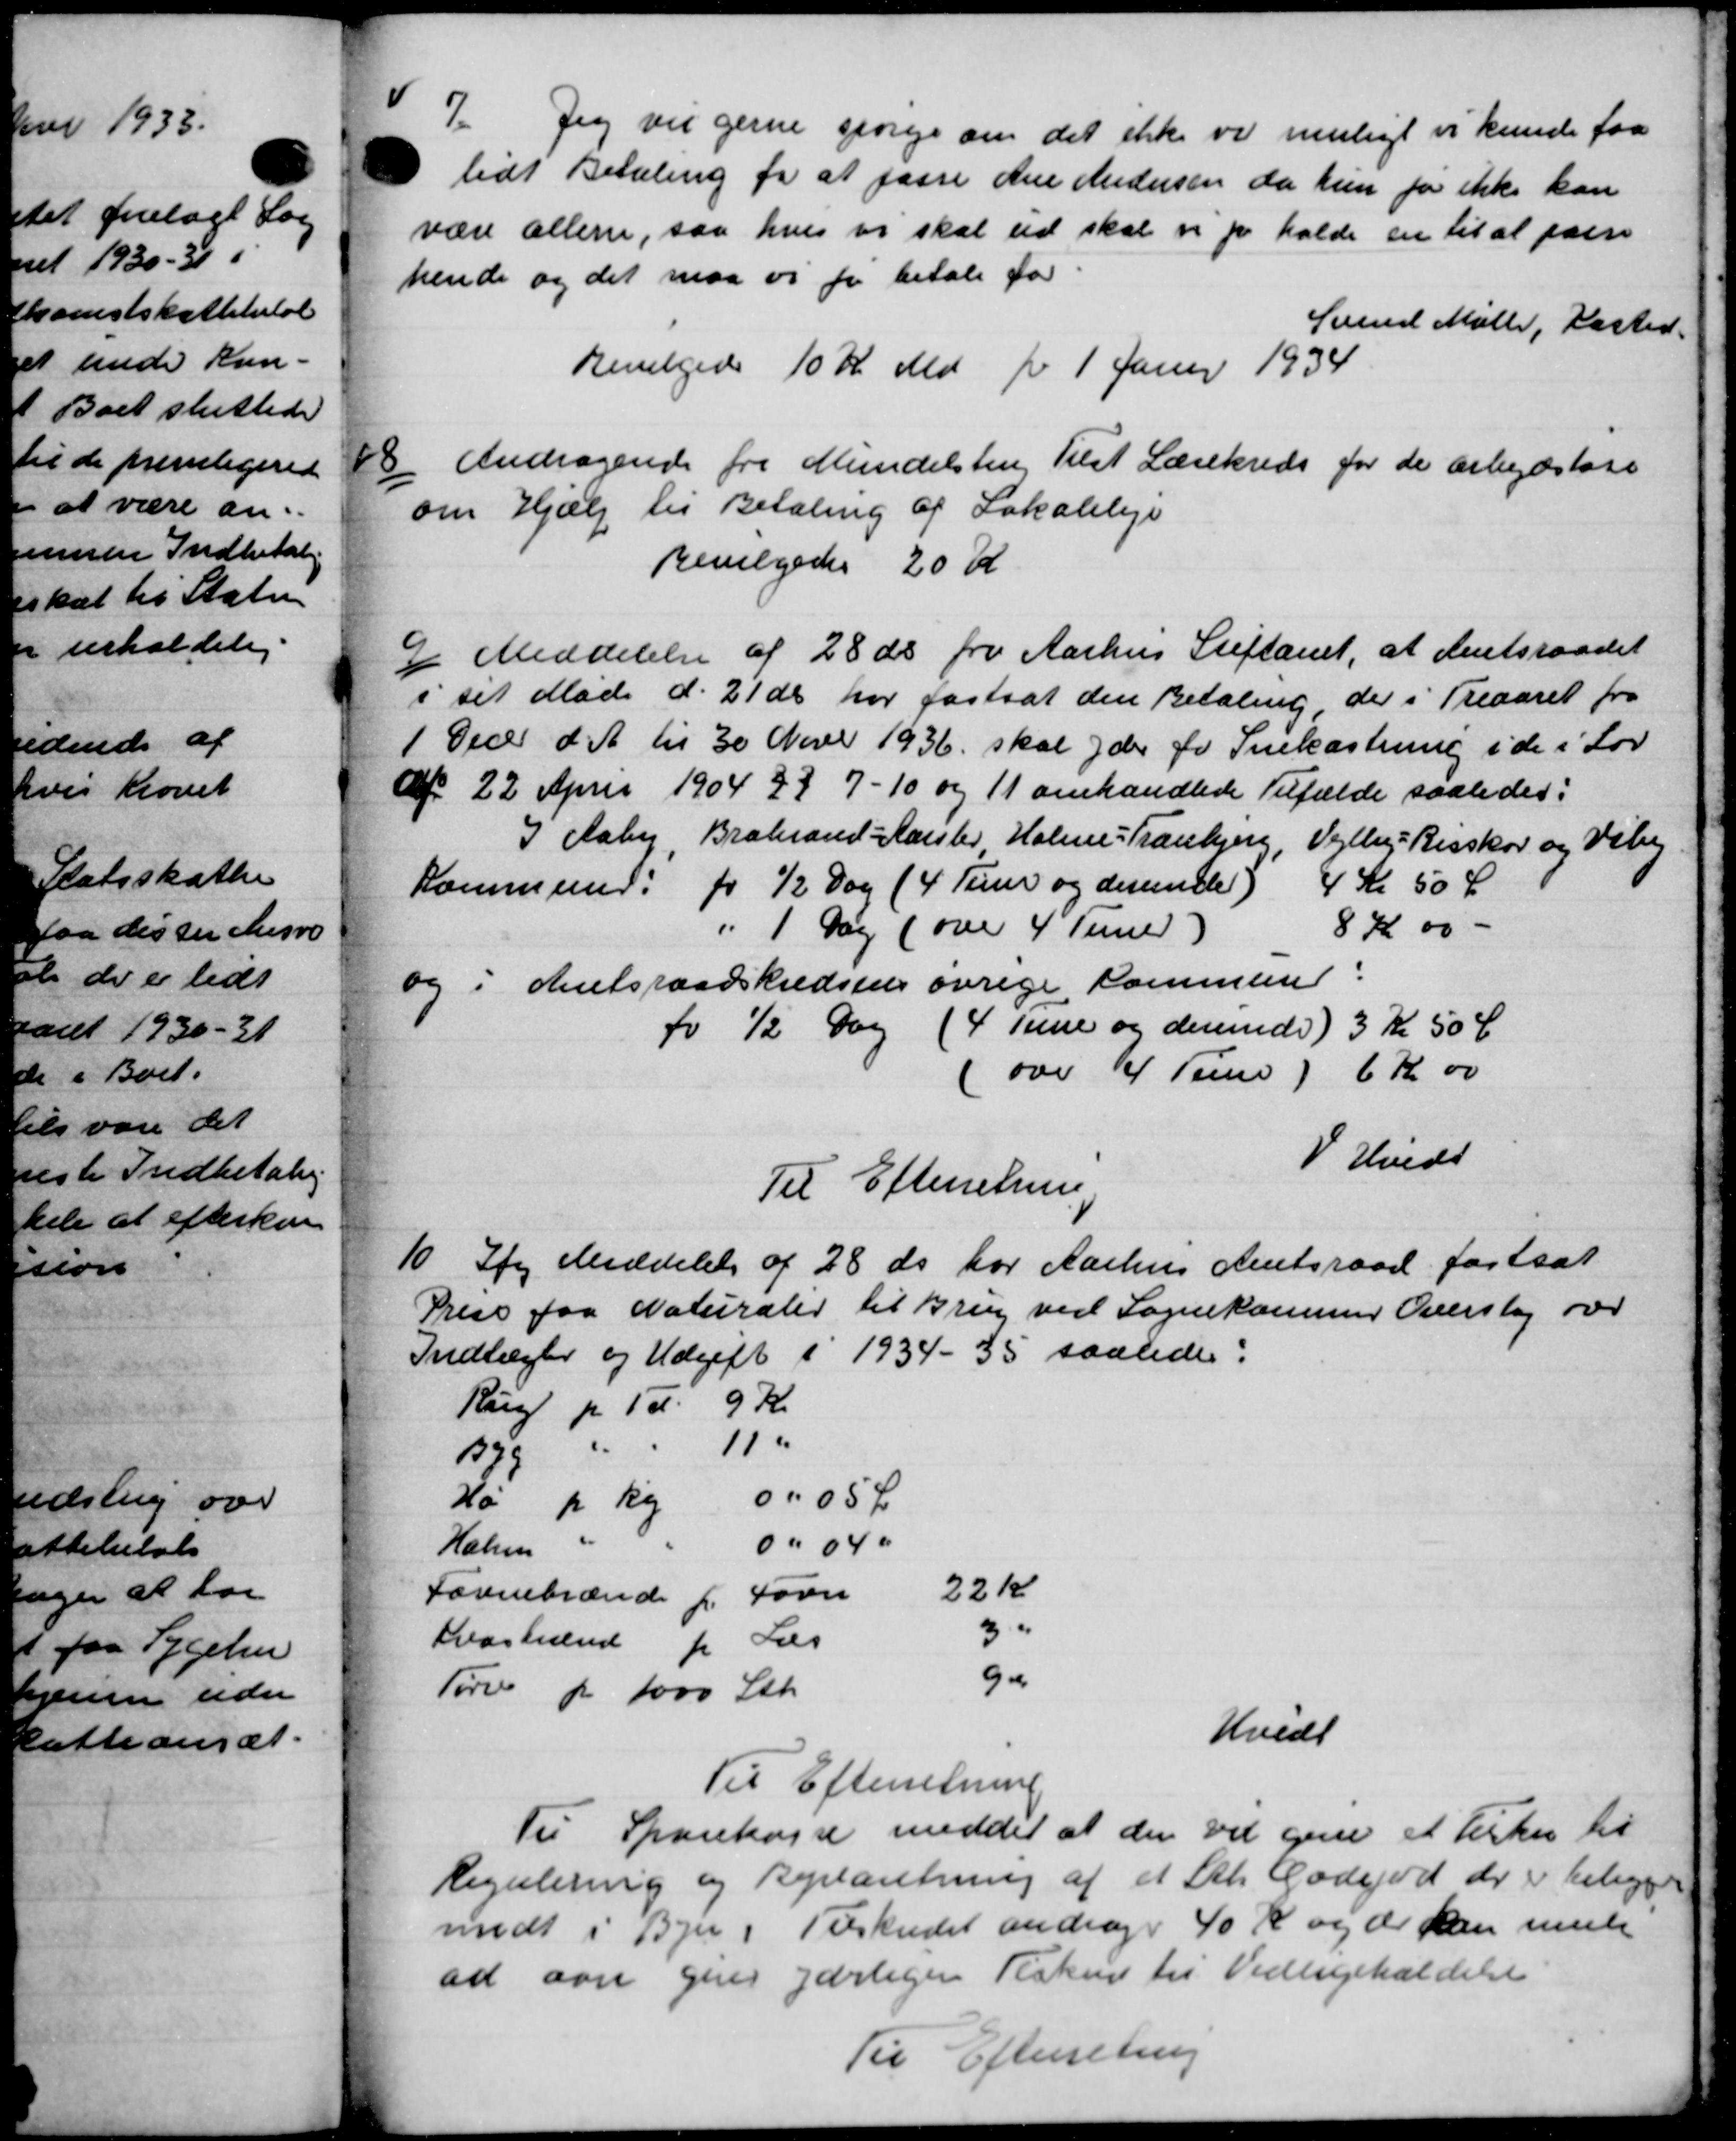
Transskription:
7.
Jeg vil gerne spørge om det ikke vi muligt vi kunde faa
lidt Betaling for at fasse Ane Andersen da hun for ikke kan
være allene, saa hvis vi skal ud skal er pr holde en til at paan
hende og det maa vi for betale for
Svend Møller, Kasted
Bevilgedes 10 Kr Md fr 1 Janur 1934
8
Andragende fra Mundelsten Tilst Lærekreds for de arbejdsløse
om Hjælp til Betaling af Lokaleleje
Bevilgedes 20 K
9 Meddelelse af 28 ds fra Aarhus Stiftamt, at Amtsraadet
i sit Møde d. 21 ds har fastsat den Betaling der i Treaaret fra
1 Decbr d. A. til 30 Dover 1936 skal yder for Snekastning i de i Lov
af 22 April 1904 27 7 - 10 og 11 omhandlede Tilfælde saaledes:
I Aaby, Brabrand-Aarslev Holme-Tranbjerg, Vejlby-Risskov og Vibe
Kommune for ½ Dag (4 Tum og desunder) 4 Kr 50 Ø
" 1 Dag (over 4 Time 7 8 Kr 00 -
og i Amtsraadskredsens øvrige Kommune
fo ½ Dag (4 Time og derunde 3 Kr 50 Ø
over 4 Timer) 6 Kr 00
V Hvede
Til Efterretning
10
Ifg Meddelelse af 28 ds for Aarhus Amtsraad fastsat
Priss paa Naturaler til Brug ved Sognekommer Overslag over
Indtægter og Udgift i 1934 - 35 saaledes:
Rug pr. Td. 9 Kr.
179 " 11 "
Hø pr Kr 0. 05 Ø
Halm " 0"040
Sornnebrænde f. Favn 22 Kr.
Kvartænd for Læs 3 "
Tørv pr 1000 Stk. 9a
Hvidt
Til Efterretning
Til Sparekasse meddel at der vil give et kirkes til
Regulering og Byplaretning af et Stk. Gadejord der er beligger
mødt i Byer i Tilskudet andrager 40 K og de kan mule
ad var gives gærliger Fisker til Vedligeholdelse
Til Efterretning